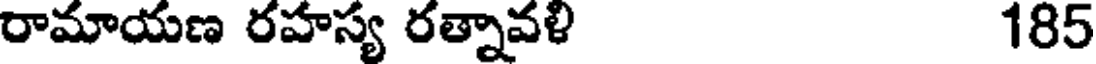
రామాయణ రహస్య రత్నావళి 185